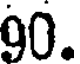
90.